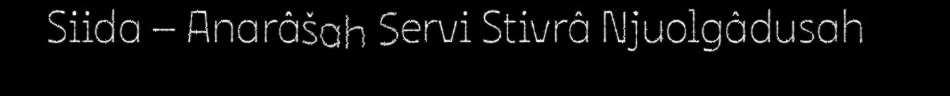
Siida – Anarâšah Servi Stivrâ Njuolgâdusah